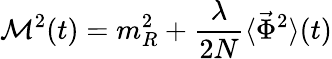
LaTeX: {\cal M}^{2}(t)=m_{R}^{2}+{\frac{\lambda}{2N}}\langle{\vec{\Phi}}^{2}\rangle(t)